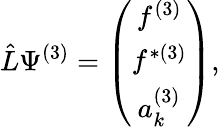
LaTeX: \hat{L}\Psi^{(3)}=\left(\begin{array}{c}{{f^{(3)}}}\\ {{f^{\ast(3)}}}\\ {{a_{k}^{(3)}}}\end{array}\right),